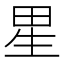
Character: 𰣀